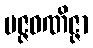
မဇ္ဇဝဏိဇ္ဇာ